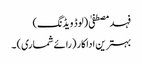
فہد مصطفیٰ (لوڈ ویڈنگ)
بہترین اداکار (رائے شماری) ۔